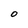
Character: O